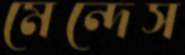
মেন্দেস